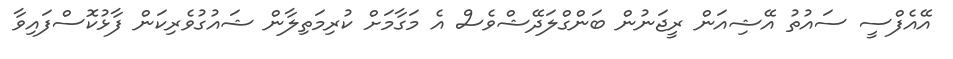
އޭއެފްސީ ސައުތު އޭޝިއަން ރީޖަނުން ބަންގްލަދޭޝްވެސް އެ މަގާމަށް ކުރިމަތިލާން ޝައުގުވެރިކަން ފާޅުކޮސްފައިވާ